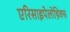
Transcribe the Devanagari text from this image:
एरिसाइपेलोथ्रिक्स